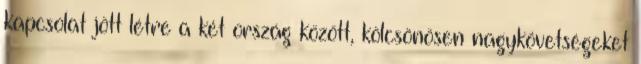
kapcsolat jött létre a két ország között, kölcsönösen nagykövetségeket